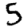
Digit: 5